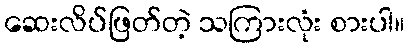
ဆေးလိပ်ဖြတ်တဲ့ သကြားလုံး စားပါ။